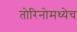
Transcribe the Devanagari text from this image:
तोरिनोमध्येच